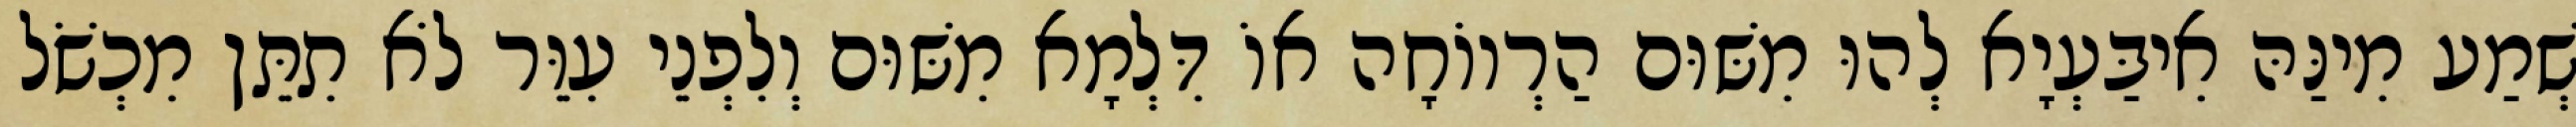
שְׁמַע מִינַּהּ אִיבַּעְיָא לְהוּ מִשּׁוּם הַרְווֹחָה אוֹ דִּלְמָא מִשּׁוּם וְלִפְנֵי עִוֵּר לֹא תִתֵּן מִכְשֹׁל